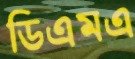
ডিএমএ